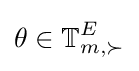
\theta \in \mathbb {T} _{m,\succ }^{E}